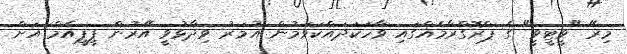
މިރޭ "ވީޓީވީ" ގެ ޕްރޮގްރާމެއްގައި ވާހަކަދައްކަވަމުން އުމަރު ވިދާޅުވީ އޭރުން ޕީޕީއެމް އަށް